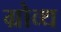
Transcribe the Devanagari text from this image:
ग्रोव्थ